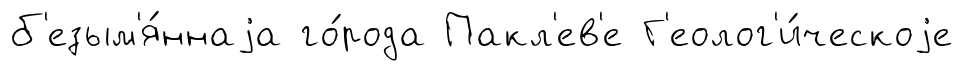
б'езым'я́ннаjа го́рода Пакл'ев'е Г'еолог'и́ческоjе